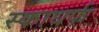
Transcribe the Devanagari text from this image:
स्काधर्फ